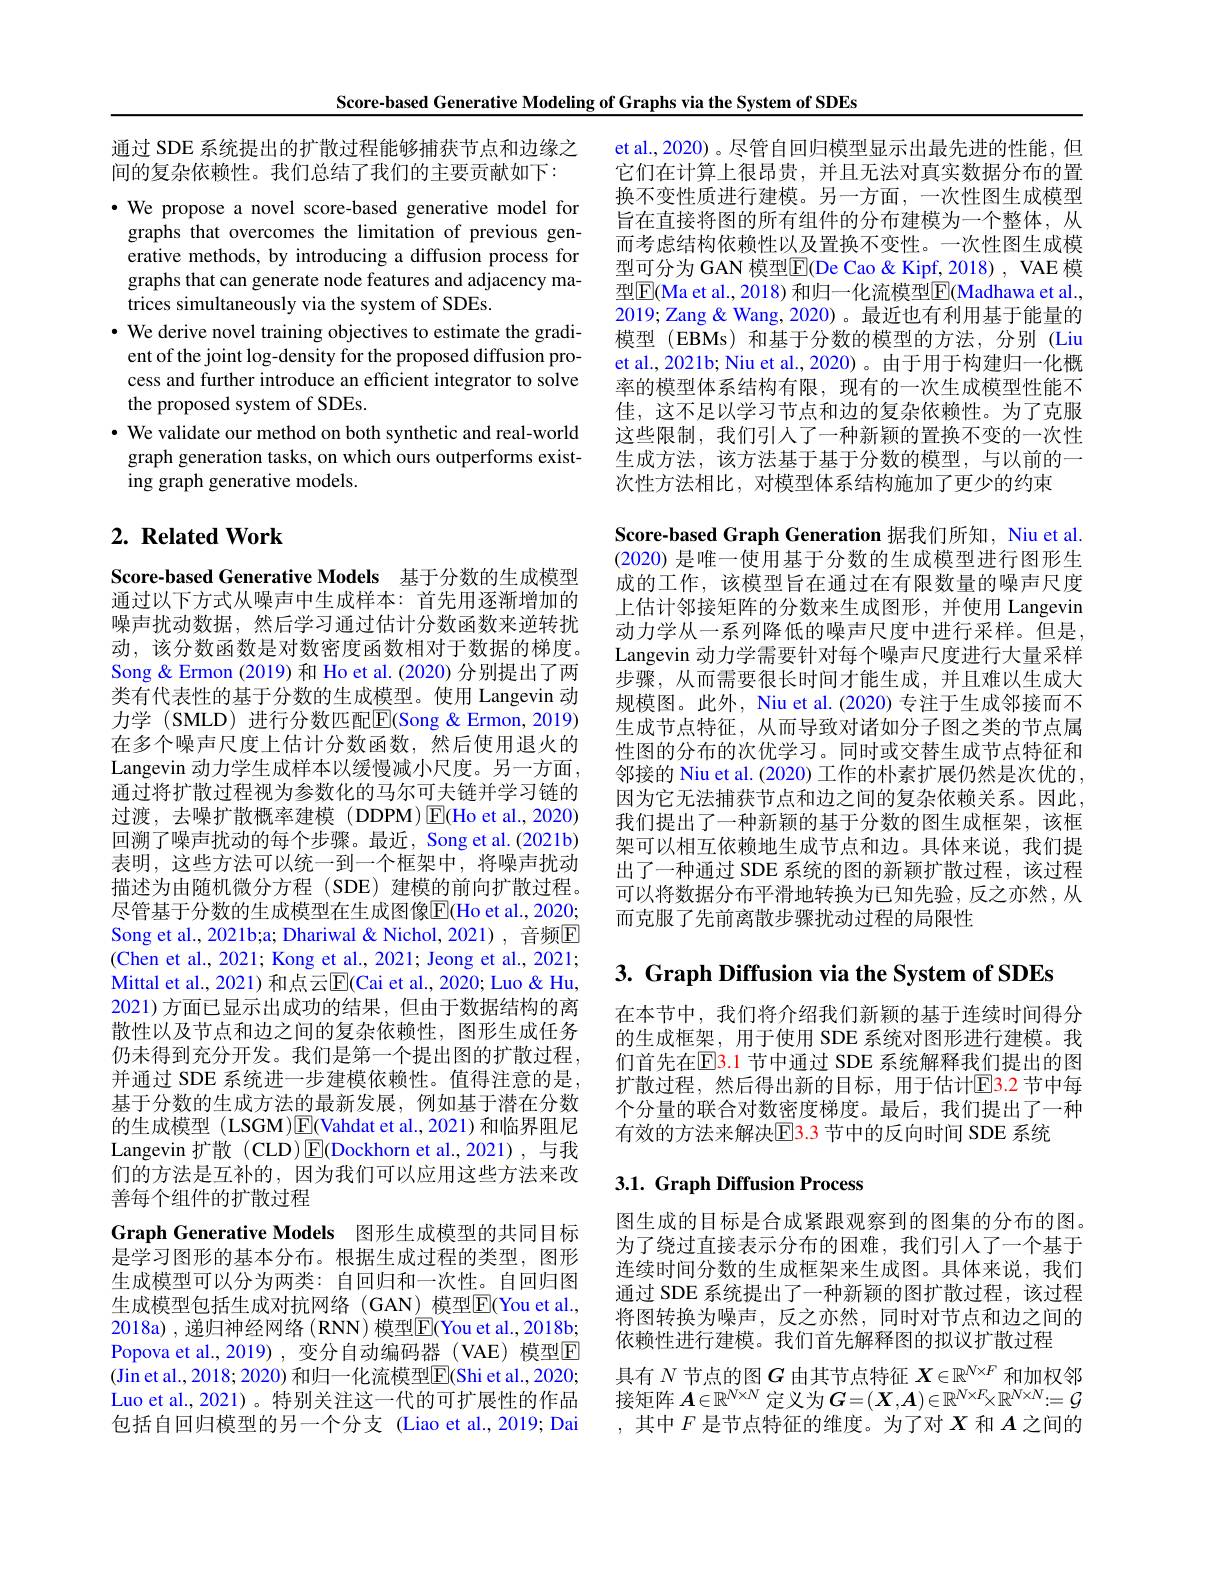
Score-based Generative Modeling of Graphs via the System of SDEs

通过 SDE 系统提出的扩散过程能够捕获节点和边缘之
间的复杂依赖性。我们总结了我们的主要贡献如下：

·We propose a novel score-based generative model for graphs that overcomes the limitation of previous generative methods, by introducing a diffusion process for graphs that can generate node features and adjacency matrices simultaneously via the system of SDEs.
$\cdot$ We derive novel training objectives to estimate the gradi-
ent of the joint log-density for the proposed diffusion process and further introduce an efficient integrator to solve the proposed system of SDEs.
$\cdot$ We validate our method on both synthetic and real-world graph generation tasks, on which ours outperforms existing graph generative models.

## $2. \textbf{Related Work}$

Score-based Generative Models 基于分数的生成模型通过以下方式从噪声中生成样本：首先用逐渐增加的噪声扰动数据，然后学习通过估计分数函数来逆转扰动，该分数函数是对数密度函数相对于数据的梯度。Song & Ermon (2019) 和 Ho et al. (2020) 分别提出了两类有代表性的基于分数的生成模型。使用 Langevin 动力学(SMLD)进行分数匹配$\boxed{\mathrm{E}}($Song&Ermon,2019) 在多个噪声尺度上估计分数函数，然后使用退火的Langevin 动力学生成样本以缓慢减小尺度。另一方面， 通过将扩散过程视为参数化的马尔可夫链并学习链的过渡，去噪扩散概率建模(DDPM)$\boxed{\mathrm{F}}($Ho et al.,2020) 回溯了噪声扰动的每个步骤。最近，Song et al.(2021b) 表明，这些方法可以统一到一个框架中，将噪声扰动描述为由随机微分方程 (SDE) 建模的前向扩散过程。尽管基于分数的生成模型在生成图像$\overline{\mathrm{E}}($Ho et al., 2020; Song et al., 2021b;a; Dhariwal & Nichol, 2021) , 音频$\overline{\mathrm{E}}$ (Chen et al., 2021; Kong et al., 2021; Jeong et al., 2021; Mittal et al., 2021) 和点云$\overline{\mathbb{E}}($Cai et al., 2020; Luo & Hu, 2021)方面已显示出成功的结果，但由于数据结构的离散性以及节点和边之间的复杂依赖性，图形生成任务仍未得到充分开发。我们是第一个提出图的扩散过程， 并通过 SDE 系统进一步建模依赖性。值得注意的是， 基于分数的生成方法的最新发展，例如基于潜在分数的生成模型 (LSGM)E(Vahdat et al.,2021)和临界阻尼Langevin 扩散(CLD)$\overline{\mathbb{E}}($Dockhorn et al.,2021),与我们的方法是互补的，因为我们可以应用这些方法来改善每个组件的扩散过程
Graph Generative Models 图形生成模型的共同目标是学习图形的基本分布。根据生成过程的类型，图形生成模型可以分为两类：自回归和一次性。自回归图生成模型包括生成对抗网络(GAN)模型$\overline{\mathrm{E}}($You et al., 2018a) , 递归神经网络 (RNN) 模型E(You et al., 2018b; Popova et al., 2019) ,变分自动编码器 (VAE) 模型$\overline{\mathrm{E}}$ (Jin et al., 2018; 2020) 和归一化流模型$\overline{\mathrm{E}}($Shi et al., 2020; Luo et al., 2021)。特别关注这一代的可扩展性的作品包括自回归模型的另一个分支 (Liao et al.,2019; Dai

et al., 2020) 。尽管自回归模型显示出最先进的性能，但它们在计算上很昂贵，并且无法对真实数据分布的置换不变性质进行建模。另一方面，一次性图生成模型旨在直接将图的所有组件的分布建模为一个整体，从而考虑结构依赖性以及置换不变性。一次性图生成模型可分为 GAN 模型$\overline{\mathrm{E}}$(De Cao & Kipf, 2018) , VAE 模型$\boxed{\mathrm{F}}$(Ma et al., 2018) 和归一化流模型$\boxed{\mathrm{F}}$(Madhawa et al., 2019; Zang & Wang, 2020) 。最近也有利用基于能量的模型 (EBMs) 和基于分数的模型的方法，分别 (Liu et al., 2021b; Niu et al., 2020)。由于用于构建归一化概率的模型体系结构有限，现有的一次生成模型性能不佳，这不足以学习节点和边的复杂依赖性。为了克服这些限制，我们引入了一种新颖的置换不变的一次性生成方法，该方法基于基于分数的模型，与以前的一次性方法相比，对模型体系结构施加了更少的约束
Score-based Graph Generation 据我们所知，Niu et al. (2020) 是唯一使用基于分数的生成模型进行图形生成的工作，该模型旨在通过在有限数量的噪声尺度上估计邻接矩阵的分数来生成图形，并使用 Langevin 动力学从一系列降低的噪声尺度中进行采样。但是， Langevin 动力学需要针对每个噪声尺度进行大量采样步骤，从而需要很长时间才能生成，并且难以生成大规模图。此外，Niu et al. (2020) 专注于生成邻接而不生成节点特征，从而导致对诸如分子图之类的节点属性图的分布的次优学习。同时或交替生成节点特征和邻接的 Niu et al. (2020) 工作的朴素扩展仍然是次优的， 因为它无法捕获节点和边之间的复杂依赖关系。因此， 我们提出了一种新颖的基于分数的图生成框架，该框架可以相互依赖地生成节点和边。具体来说，我们提出了一种通过 SDE 系统的图的新颖扩散过程，该过程可以将数据分布平滑地转换为已知先验，反之亦然，从而克服了先前离散步骤扰动过程的局限性

$3. \textbf{ Graph Diffusion via the System of SDEs}$

在本节中，我们将介绍我们新颖的基于连续时间得分的生成框架，用于使用 SDE 系统对图形进行建模。我们首先在$\overline{\mathrm{E}}\color{red}{3.1}$ 节中通过 SDE 系统解释我们提出的图扩散过程，然后得出新的目标，用于估计E3. 2 节中每个分量的联合对数密度梯度。最后，我们提出了一种有效的方法来解决$\color{red}{\mathrm{E}}\color{red}{3.3}$节中的反向时间 SDE 系统

## 3.1. Graph Diffusion Process

图生成的目标是合成紧跟观察到的图集的分布的图。为了绕过直接表示分布的困难，我们引人了一个基于连续时间分数的生成框架来生成图。具体来说，我们通过 SDE 系统提出了一种新颖的图扩散过程，该过程将图转换为噪声，反之亦然，同时对节点和边之间的依赖性进行建模。我们首先解释图的拟议扩散过程
具有$N$节点的图$G$由其节点特征$X\in\mathbb{R}^{N\times F}$和加权邻接矩阵 $A\in\mathbb{R}^N\times N$ 定义为$G=(\boldsymbol X,\boldsymbol{A})\in\mathbb{R}^N\times F_\times\mathbb{R}^{N\times N}:=\mathcal{G}$ ,其中$F$是节点特征的维度。为了对$X$和$A$之间的